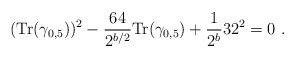
\begin{align*}({\mbox {Tr}} (\gamma_{0,5}))^2 - {64 \over 2^{b/2}} {\mbox {Tr}} (\gamma_{0,5}) + {1\over 2^b} 32^2 = 0 ~.\end{align*}